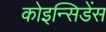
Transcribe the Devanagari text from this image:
कोइन्सिडेंस